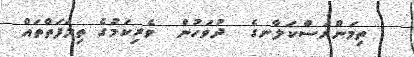
ތިމަންރަސްކަލާނގެ  ދުވަހުން  ވެރިކަމުގެ ތިލަފަތްތައް